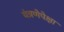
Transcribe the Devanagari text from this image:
यंत्रणेपेक्षा